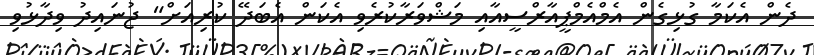
ދެން އެކަމާ ގުޅިގެން އެމްއެމްޕީއާރްސީއާއި މަޝްވަރާކުރެވި އެކަން އެބަދޭ ކުރިއަށް" ޖުނައިދު ވިދާޅުވި